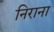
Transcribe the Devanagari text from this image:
निराना